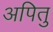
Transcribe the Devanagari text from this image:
अपितु